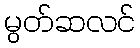
မွတ်ဆလင်